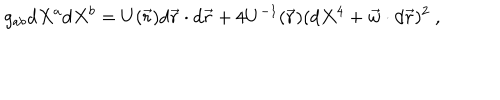
g _ { a b } \mathrm { d } X ^ { a } \mathrm { d } X ^ { b } = U ( \vec { r } ) \mathrm { d } \vec { r } \cdot \mathrm { d } \vec { r } + 4 U ^ { - 1 } ( \vec { r } ) ( \mathrm { d } X ^ { 4 } + \vec { w } \cdot \mathrm { d } \vec { r } ) ^ { 2 } \ ,